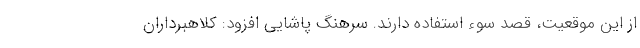
از این موقعیت، قصد سوء استفاده دارند. سرهنگ پاشایی افزود: کلاهبرداران